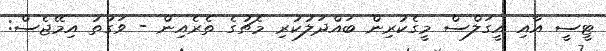
ޓީސީ އާއި އީގަލްސް މީގެކުރިން ބައްދަލުކުރި މެޗުގެ ތެރެއިން - ވަގުތު އިމޭޖެސް: